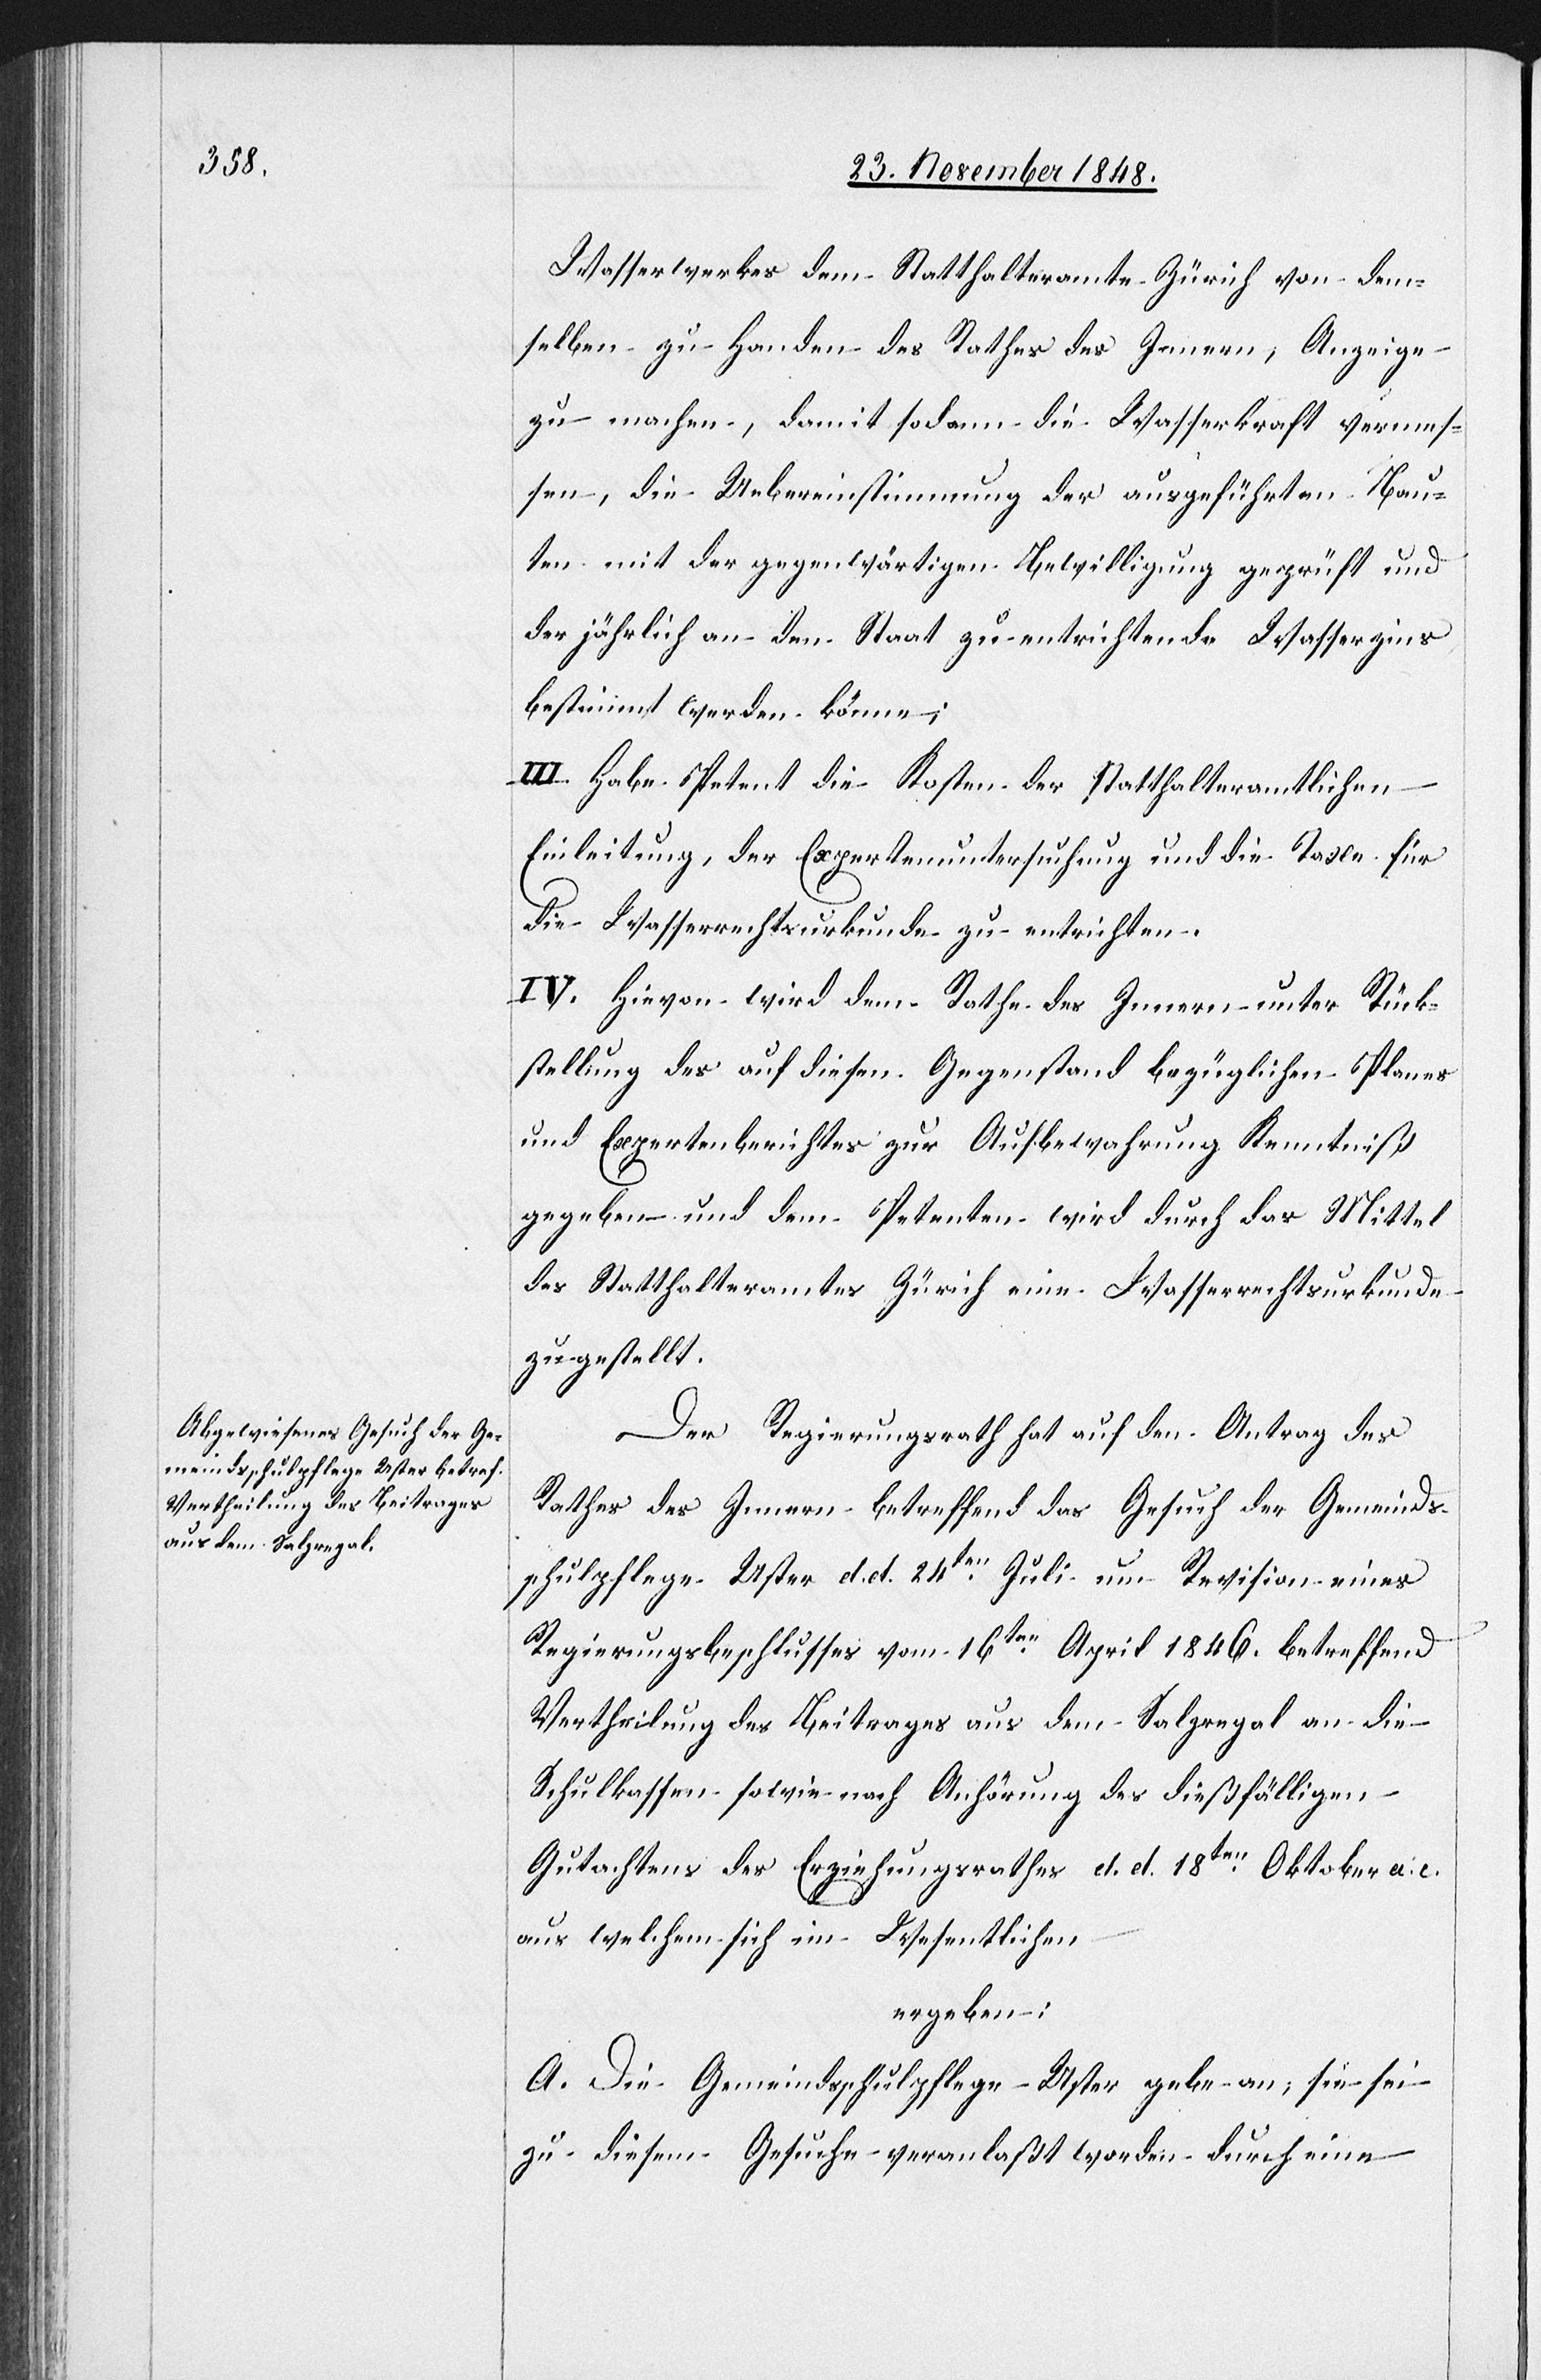
Wasserwerkes dem Statthalteramte Zürich von dem¬
selben zu Handen des Rathes des Innern, Anzeige
zu machen, damit sodann die Wasserkraft vermes¬
sen, die Uebereinstimmung der ausgeführten Bau¬
ten mit der gegenwärtigen Bewilligung geprüft und
der jährlich an den Staat zu entrichtende Wasserzins
bestimmt werden könne;
III. Habe Petent die Kosten der statthalteramtlichen
Einleitung, der Expertenuntersuchung und die Taxe für
die Wasserrechtsurkunde zu entrichten.
IV. Hievon wird dem Rathe des Innern unter Rück¬
stellung des auf diesen Gegenstand bezüglichen Planes
und Expertenberichtes zur Aufbewahrung Kenntniß
gegeben und dem Petenten wird durch das Mittel
des Statthalteramtes Zürich eine Wasserrechtsurkunde
zugestellt.
Der Regierungsrath hat auf den Antrag des
Rathes des Innern betreffend das Gesuch der Gemeinds¬
schulpflege Uster d. d. 24ten Juli um Revision eines
Regierungsbeschlusses vom 16ten April 1846. betreffend
Vertheilung des Beitrages aus dem Salzregal an die
Schulkassen sowie nach Anhörung des dießfälligen
Gutachtens des Erziehungsrathes d. d. 18ten Oktober a. c.
aus welchem sich im Wesentlichen
ergeben:
A. Die Gemeindsschulpflege Uster gebe an, sie sei
zu diesem Gesuche veranlaßt worden durch eine